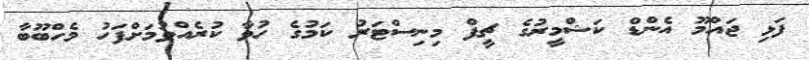
ފަޅި ޖައްމޫ އެންޑް ކަޝްމީރުގެ ޗީފް މިނިސްޓަރު ކަމުގެ ހުވާ ކުރެއްވުމަށްފަހު މެހްބޫބާ